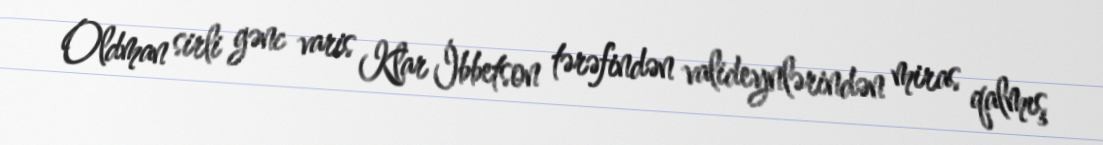
Oldman sirli gənc varis Klar İbbetson tərəfindən valideynlərindən miras qalmış